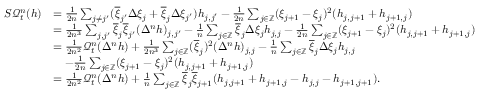
\begin{array} { r l } { S \mathcal { Q } _ { t } ^ { n } ( h ) } & { = \frac { 1 } { 2 n } \sum _ { j \neq j ^ { \prime } } ( \overline { { \xi } } _ { j ^ { \prime } } \Delta \xi _ { j } + \overline { { \xi } } _ { j } \Delta \xi _ { j ^ { \prime } } ) h _ { j , j ^ { \prime } } - \frac { 1 } { 2 n } \sum _ { j \in \mathbb { Z } } ( \xi _ { j + 1 } - \xi _ { j } ) ^ { 2 } ( h _ { j , j + 1 } + h _ { j + 1 , j } ) } \\ & { = \frac { 1 } { 2 n ^ { 3 } } \sum _ { j , j ^ { \prime } } \overline { { \xi } } _ { j } \overline { { \xi } } _ { j ^ { \prime } } ( \Delta ^ { n } h ) _ { j , j ^ { \prime } } - \frac { 1 } { n } \sum _ { j \in \mathbb { Z } } \overline { { \xi } } _ { j } \Delta \xi _ { j } h _ { j , j } - \frac { 1 } { 2 n } \sum _ { j \in \mathbb { Z } } ( \xi _ { j + 1 } - \xi _ { j } ) ^ { 2 } ( h _ { j , j + 1 } + h _ { j + 1 , j } ) } \\ & { = \frac { 1 } { 2 n ^ { 2 } } \mathcal { Q } _ { t } ^ { n } ( \Delta ^ { n } h ) + \frac { 1 } { 2 n ^ { 3 } } \sum _ { j \in \mathbb { Z } } ( \overline { { \xi } } _ { j } ) ^ { 2 } ( \Delta ^ { n } h ) _ { j , j } - \frac { 1 } { n } \sum _ { j \in \mathbb { Z } } \overline { { \xi } } _ { j } \Delta \xi _ { j } h _ { j , j } } \\ & { \quad - \frac { 1 } { 2 n } \sum _ { j \in \mathbb { Z } } ( \xi _ { j + 1 } - \xi _ { j } ) ^ { 2 } ( h _ { j , j + 1 } + h _ { j + 1 , j } ) } \\ & { = \frac { 1 } { 2 n ^ { 2 } } \mathcal { Q } _ { t } ^ { n } ( \Delta ^ { n } h ) + \frac { 1 } { n } \sum _ { j \in \mathbb { Z } } \overline { { \xi } } _ { j } \overline { { \xi } } _ { j + 1 } ( h _ { j , j + 1 } + h _ { j + 1 , j } - h _ { j , j } - h _ { j + 1 , j + 1 } ) . } \end{array}